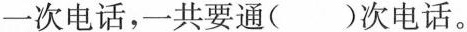
一次电话，一共要通（ ）次电话。